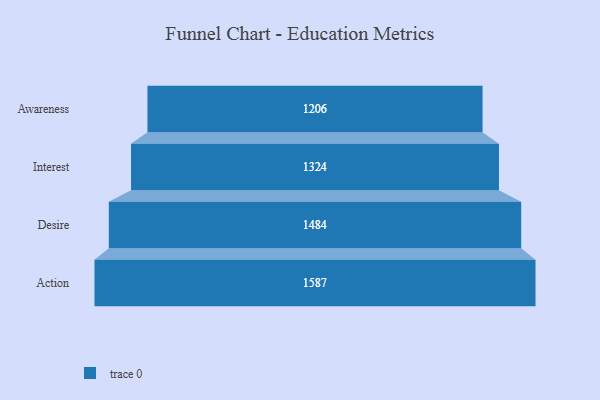
{"axis": {"x": "Stage", "y": "Value"}, "legend": [""], "data": [{"x": "Awareness", "y": 1206.0, "type": ""}, {"x": "Interest", "y": 1324.0, "type": ""}, {"x": "Desire", "y": 1484.0, "type": ""}, {"x": "Action", "y": 1587.0, "type": ""}]}